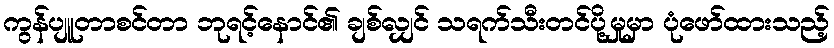
ကွန်ပျူတာစင်တာ ဘုရင့်နောင်၏ ချစ်လျှင် သရက်သီးတင်ပို့မှုမှာ ပုံဖော်ထားသည့်